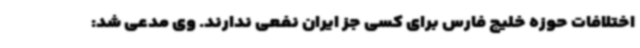
اختلافات حوزه خلیج فارس برای کسی جز ایران نفعی ندارند. وی مدعی شد: